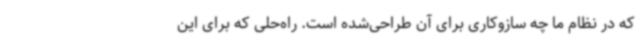
که در نظام ما چه سازوکاری برای آن طراحی‌شده است. راه‌حلی که برای این